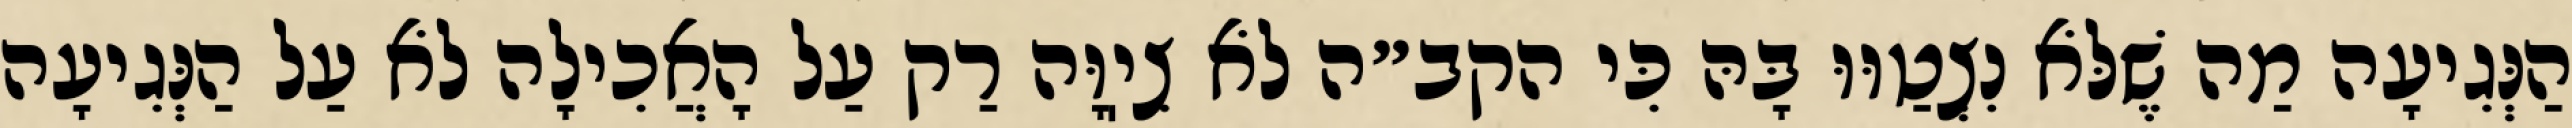
הַנְּגִיעָה מַה שֶׁלֹּא נִצְטַוּוּ בָּהּ כִּי הקב״ה לֹא צִיֽוָּה רַק עַל הָאֲכִילָה לֹא עַל הַנְּגִיעָה